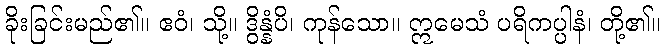
ခိုးခြင်းမည်၏။ ဧဝံ၊ သို့။ ဒွိန္နံပိ၊ ကုန်သော။ ဣမေသံ ပရိကပ္ပါနံ၊ တို့၏။